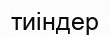
тиіндер